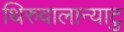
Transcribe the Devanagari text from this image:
थिरुवालान्याटु